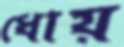
ধোয়